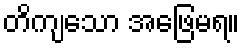
တိကျသော အဖြေမရ။